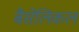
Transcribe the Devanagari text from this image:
बैसेलिकल